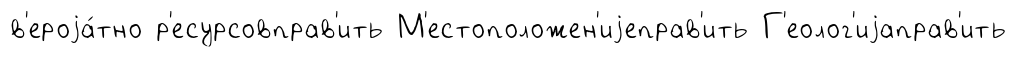
в'ероjа́тно р'есурсовправ'ить М'естоположен'иjеправ'ить Г'еолог'иjаправ'ить